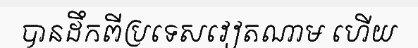
បានដឹកពីប្រទេសវៀតណាម ហើយ